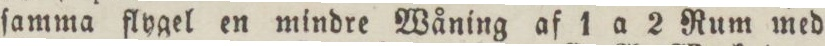
ſamma flygel en mindre Wåning af 1 a 2 Rum med